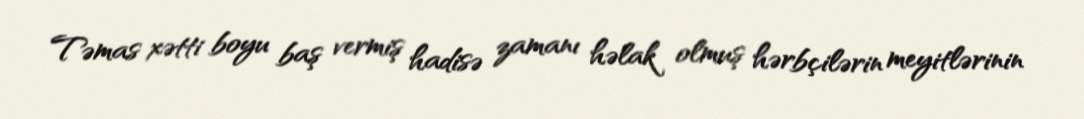
Təmas xətti boyu baş vermiş hadisə zamanı həlak olmuş hərbçilərin meyitlərinin